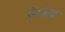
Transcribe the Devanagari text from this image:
संरपंच